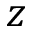
z